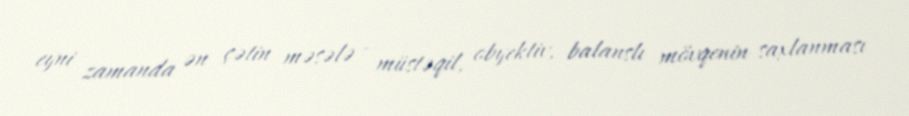
eyni zamanda ən çətin məsələ - müstəqil, obyektiv, balanslı mövqenin saxlanması